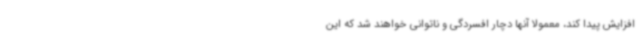
افزایش پیدا کند، معمولا آنها دچار افسردگی و ناتوانی خواهند شد که این